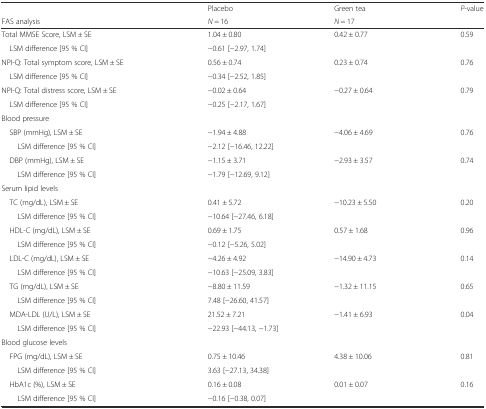
<table><thead><tr><td></td><td><b>Placebo</b></td><td><b>Green tea</b></td><td><b><i>P</i>-value</b></td></tr><tr><td><b>FAS analysis</b></td><td><b><i>N</i> = 16</b></td><td><b><i>N</i> = 17</b></td><td></td></tr></thead><tbody><tr><td>Total MMSE Score, LSM ± SE</td><td>1.04 ± 0.80</td><td>0.42 ± 0.77</td><td rowspan="2">0.59</td></tr><tr><td> LSM difference [95 % CI]</td><td colspan="2">−0.61 [−2.97, 1.74]</td></tr><tr><td>NPI-Q: Total symptom score, LSM ± SE</td><td>0.56 ± 0.74</td><td>0.23 ± 0.74</td><td rowspan="2">0.76</td></tr><tr><td> LSM difference [95 % CI]</td><td colspan="2">−0.34 [−2.52, 1.85]</td></tr><tr><td>NPI-Q: Total distress score, LSM ± SE</td><td>−0.02 ± 0.64</td><td>−0.27 ± 0.64</td><td rowspan="2">0.79</td></tr><tr><td> LSM difference [95 % CI]</td><td colspan="2">−0.25 [−2.17, 1.67]</td></tr><tr><td colspan="4">Blood pressure</td></tr><tr><td> SBP (mmHg), LSM ± SE</td><td>−1.94 ± 4.88</td><td>−4.06 ± 4.69</td><td rowspan="2">0.76</td></tr><tr><td>LSM difference [95 % CI]</td><td colspan="2">−2.12 [−16.46, 12.22]</td></tr><tr><td> DBP (mmHg), LSM ± SE</td><td>−1.15 ± 3.71</td><td>−2.93 ± 3.57</td><td rowspan="2">0.74</td></tr><tr><td>LSM difference [95 % CI]</td><td colspan="2">−1.79 [−12.69, 9.12]</td></tr><tr><td colspan="4">Serum lipid levels</td></tr><tr><td> TC (mg/dL), LSM ± SE</td><td>0.41 ± 5.72</td><td>−10.23 ± 5.50</td><td rowspan="2">0.20</td></tr><tr><td>LSM difference [95 % CI]</td><td colspan="2">−10.64 [−27.46, 6.18]</td></tr><tr><td> HDL-C (mg/dL), LSM ± SE</td><td>0.69 ± 1.75</td><td>0.57 ± 1.68</td><td rowspan="2">0.96</td></tr><tr><td>LSM difference [95 % CI]</td><td colspan="2">−0.12 [−5.26, 5.02]</td></tr><tr><td> LDL-C (mg/dL), LSM ± SE</td><td>−4.26 ± 4.92</td><td>−14.90 ± 4.73</td><td rowspan="2">0.14</td></tr><tr><td>LSM difference [95 % CI]</td><td colspan="2">−10.63 [−25.09, 3.83]</td></tr><tr><td> TG (mg/dL), LSM ± SE</td><td>−8.80 ± 11.59</td><td>−1.32 ± 11.15</td><td rowspan="2">0.65</td></tr><tr><td>LSM difference [95 % CI]</td><td colspan="2">7.48 [−26.60, 41.57]</td></tr><tr><td> MDA-LDL (U/L), LSM ± SE</td><td>21.52 ± 7.21</td><td>−1.41 ± 6.93</td><td rowspan="2">0.04</td></tr><tr><td>LSM difference [95 % CI]</td><td colspan="2">−22.93 [−44.13, −1.73]</td></tr><tr><td colspan="4">Blood glucose levels</td></tr><tr><td> FPG (mg/dL), LSM ± SE</td><td>0.75 ± 10.46</td><td>4.38 ± 10.06</td><td rowspan="2">0.81</td></tr><tr><td>LSM difference [95 % CI]</td><td colspan="2">3.63 [−27.13, 34.38]</td></tr><tr><td> HbA1c (%), LSM ± SE</td><td>0.16 ± 0.08</td><td>0.01 ± 0.07</td><td rowspan="2">0.16</td></tr><tr><td>LSM difference [95 % CI]</td><td colspan="2">−0.16 [−0.38, 0.07]</td></tr></tbody></table>